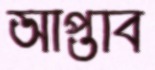
আপ্তাব